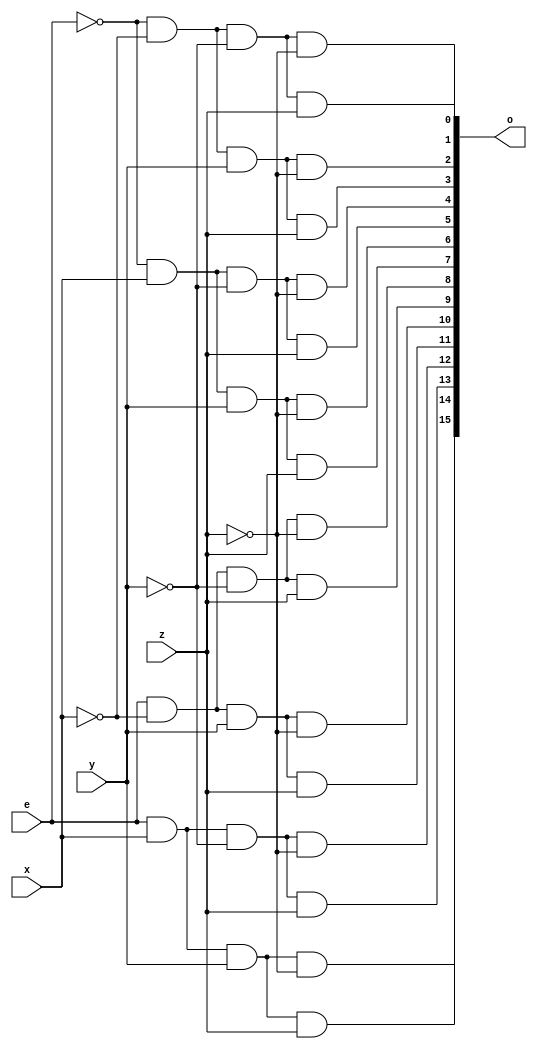
module decoder(o, e, x, y, z);
    input  e, x, y, z;
    output [15:0]o;
        assign o[0]= ~e & ~x & ~y & ~z;
        assign o[1]= ~e & ~x & ~y & z;
        assign o[2]= ~e & ~x & y & ~z;
        assign o[3]= ~e & ~x & y & z;
        assign o[4]= ~e & x & ~y & ~z;
        assign o[5]= ~e & x & ~y & z;
        assign o[6]= ~e & x & y & ~z;
        assign o[7]= ~e & x & y & z;
        assign o[8]= e & ~x & ~y & ~z;
        assign o[9]= e & ~x & ~y & z;
        assign o[10]= e & ~x & y & ~z;
        assign o[11]= e & ~x & y & z;
        assign o[12]= e & x & ~y & ~z;
        assign o[13]= e & x & ~y & z;
        assign o[14]= e & x & y & ~z;
        assign o[15]= e & x & y & z;
endmodule